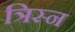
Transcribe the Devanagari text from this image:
त्रिस्न